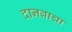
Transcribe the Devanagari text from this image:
दानवाचा